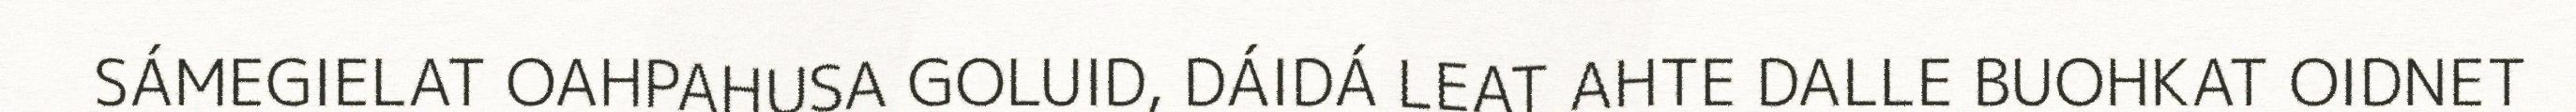
SÁMEGIELAT OAHPAHUSA GOLUID, DÁIDÁ LEAT AHTE DALLE BUOHKAT OIDNET